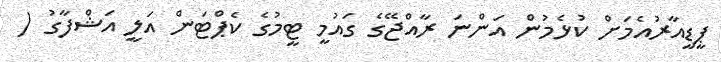
ޕީޑީއާރުއެމަށް ކުޅެމުން އަންނަ ރާއްޖޭގެ ގައުމީ ޓީމުގެ ކެޕްޓަން އަލީ އަޝްފާގު (